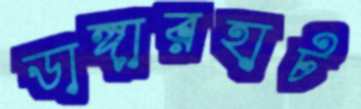
ডাঙ্গারহাট